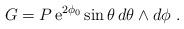
LaTeX: \begin{align*}G = P\, {\mbox{e}}^{2\phi_0}\sin \theta \, d\theta \wedge d\phi\ .\end{align*}